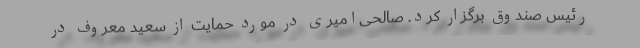
رئیس صندوق برگزار کرد. صالحی‌امیری در مورد حمایت از سعید معروف در